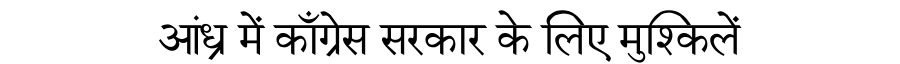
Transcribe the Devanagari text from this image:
आंध्र में काँग्रेस सरकार के लिए मुश्किलें